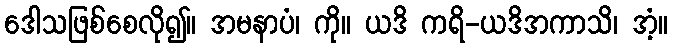
ဒေါသဖြစ်စေလို၍။ အမနာပံ၊ ကို။ ယဒိ ကရိ-ယဒိအကာသိ၊ အံ့။